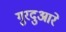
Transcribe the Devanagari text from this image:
गुरदुआरे